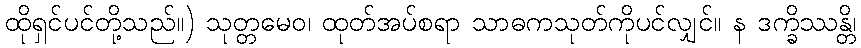
ထိုရှင်ပင်တို့သည်။) သုတ္တမေဝ၊ ထုတ်အပ်စရာ သာဓကသုတ်ကိုပင်လျှင်။ န ဒက္ခိဿန္တိ၊